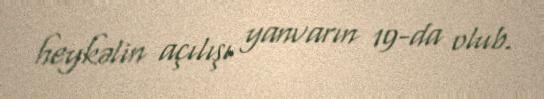
heykəlin açılışı yanvarın 19-da olub.